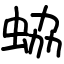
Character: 蛠